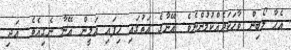
އެހާ ލޯބިން ވާހަކަދެއްކުމުންނެވެ. އޭނާގެ އަތުގައި ހިފައި އަމީން އޭނާ ނެގިއެވެ. އަދި